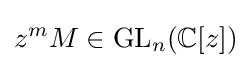
z^{m}M\in \mathrm {GL} _{n}(\mathbb {C} [z])